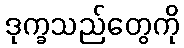
ဒုက္ခသည်တွေကို